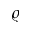
\varrho